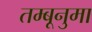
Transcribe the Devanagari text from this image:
तम्बूनुमा